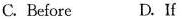
C.Before D.If